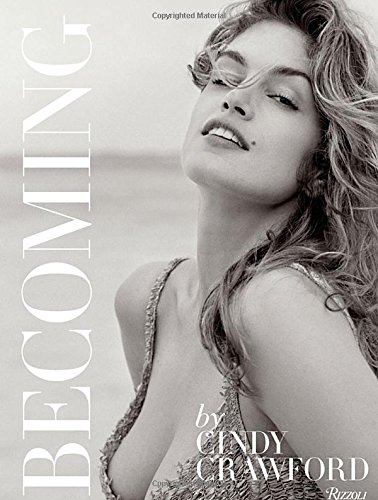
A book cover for Becoming By Cindy Crawford: By Cindy Crawford with Katherine O' Leary; Cindy Crawford; Humor & Entertainment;